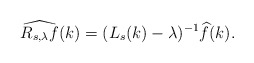
\begin{align*}\widehat{R_{s,\lambda}f}(k)=(L_{s}(k)-\lambda)^{-1}\widehat{f}(k).\end{align*}